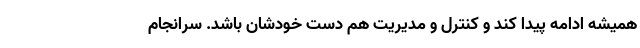
همیشه ادامه پیدا کند و کنترل و مدیریت هم دست خودشان باشد. سرانجام